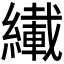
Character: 𫄇